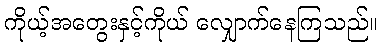
ကိုယ့်အတွေးနှင့်ကိုယ် လျှောက်နေကြသည်။